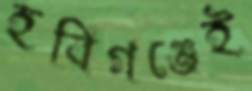
হবিগঞ্জেই